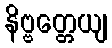
နိဗ္ဗတ္တေယျ